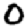
Digit: 0